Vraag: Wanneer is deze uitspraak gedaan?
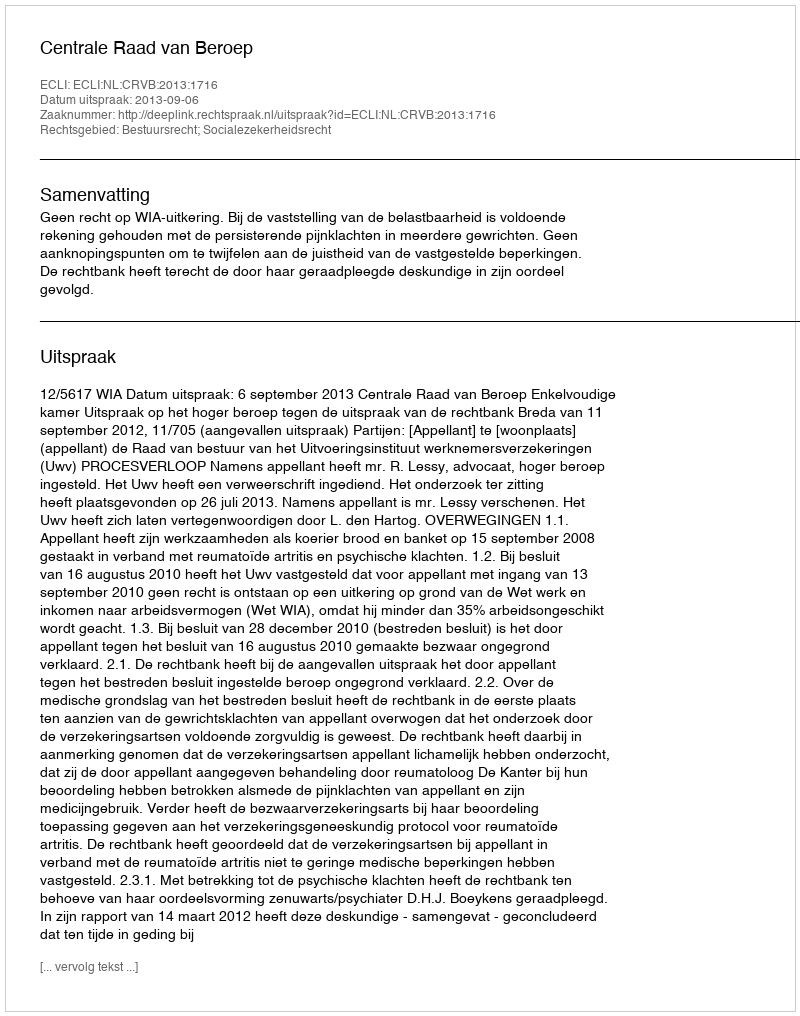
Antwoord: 2013-09-06